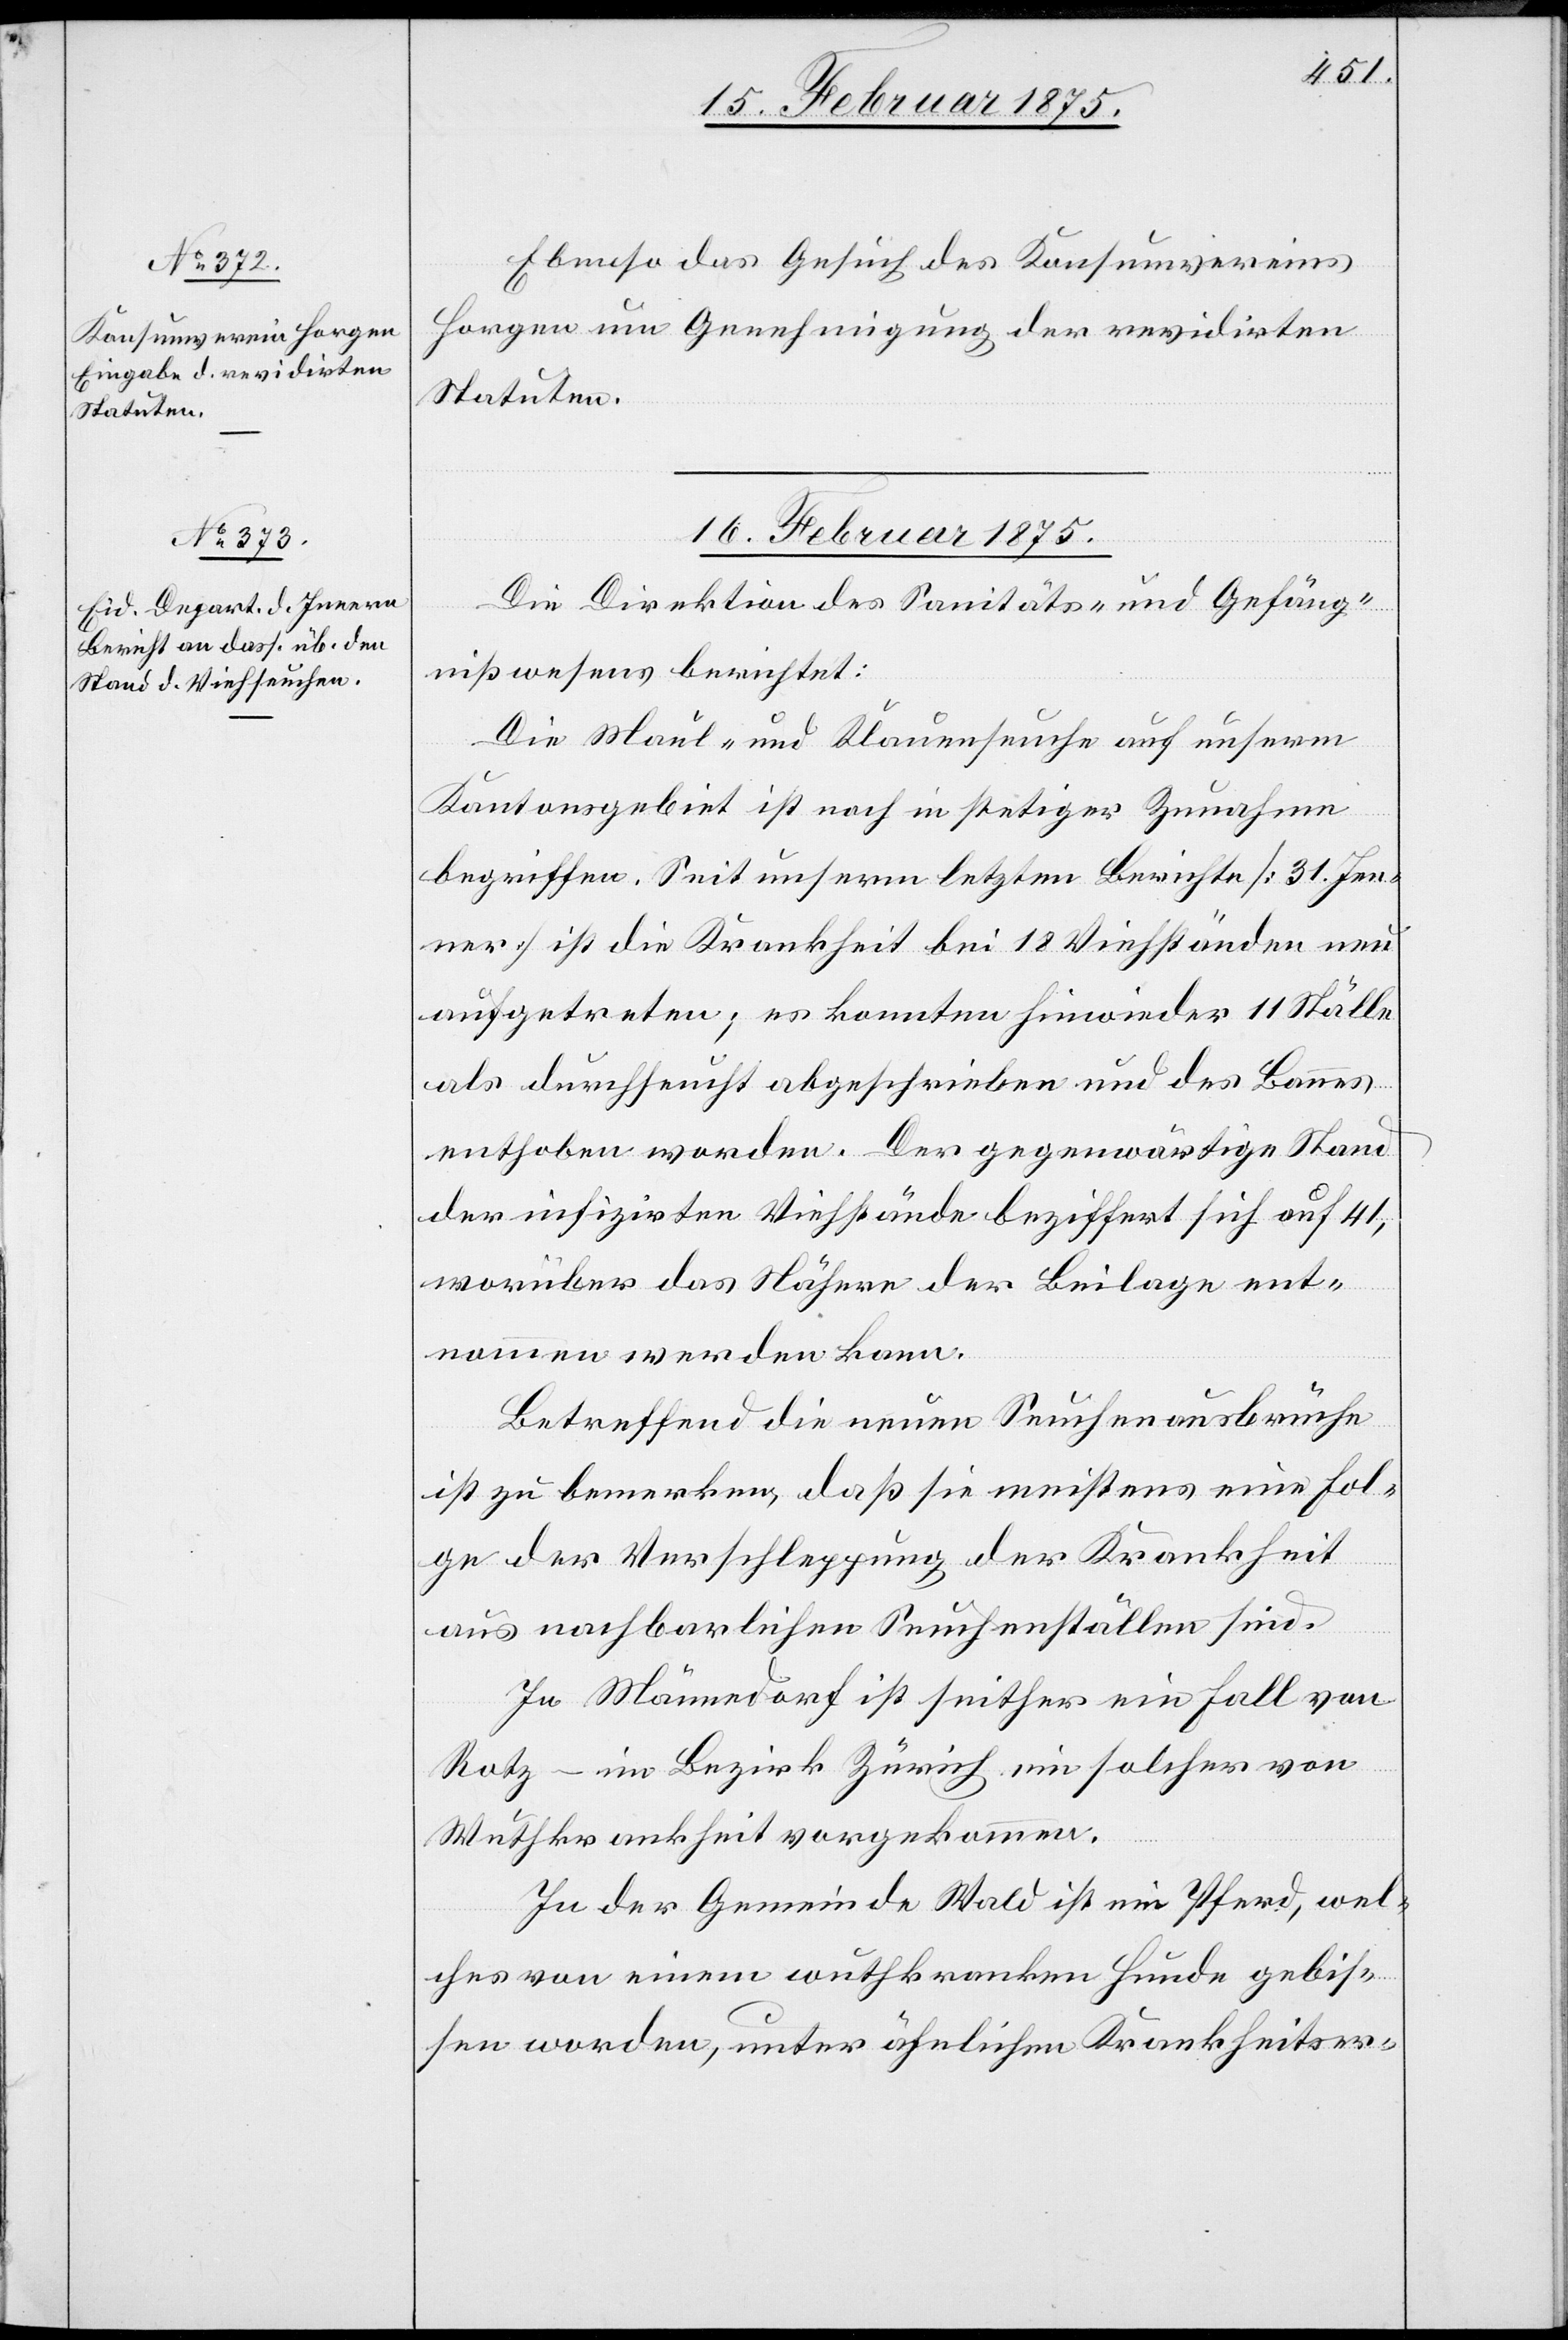
15. Februar 1875.]
Ebenso das Gesuch des Konsumvereins
Horgen um Genehmigung der revidirten
Statuten.
16. Februar 1875.
Die Direktion des Sanitäts- und Gefäng¬
nißwesens berichtet:
Die Maul- und Klauenseuche auf unserm
Kantonsgebiet ist noch in stetiger Zunahme
begriffen. Seit unserm letzten Berichte (31. Jen¬
ner) ist die Krankheit bei 18 Viehständen neu
aufgetreten; es konnten hinwieder 11 Ställe
als durchseucht abgeschrieben und des Bannes
der infizirten Viehstände beziffert sich auf 41,
worüber das Nähere der Beilage ent¬
nommen werden kann.
Betreffend die neuen Seuchenausbrüche
ist zu bemerken, daß sie meistens eine Fol¬
ge der Verschleppung der Krankheit
aus nachbarlichen Seuchenställen sind.
In Männedorf ist seither ein Fall von
Rotz – im Bezirk Zürich ein solcher von
Wuthkrankheit vorgekommen.
In der Gemeinde Wald ist ein Pferd, wel¬
ches von einem wuthkranken Hunde gebis¬
sen worden, unter ähnlichen Krankheitser-